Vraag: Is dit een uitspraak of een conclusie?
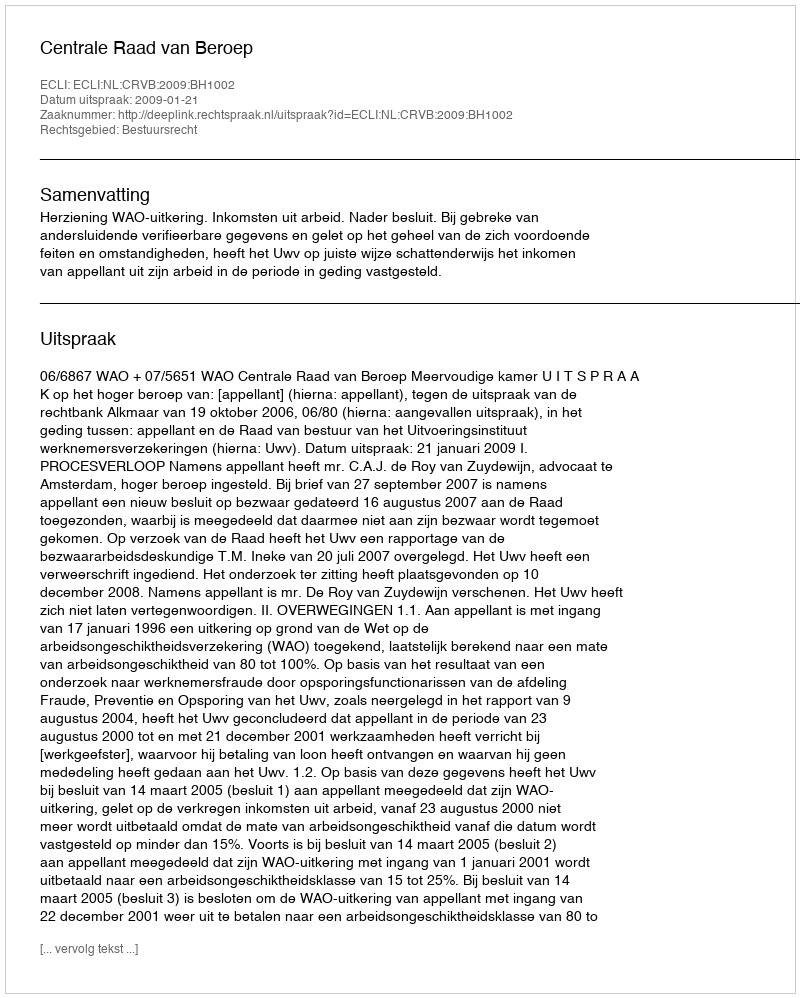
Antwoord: Uitspraak